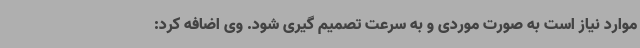
موارد نیاز است به صورت موردی و به سرعت تصمیم گیری شود. وی اضافه کرد: